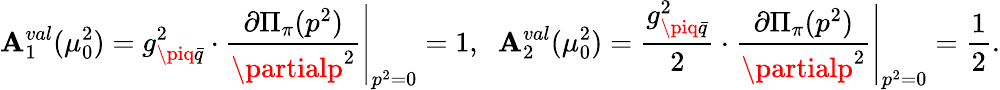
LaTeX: \mathbf{A}_{1}^{val}(\mu_{0}^{2})=g_{\piq\bar{{q}}}^{2}\cdot\left.\frac{{\partial{\Pi}_{\pi}(p^{2})}}{{\partialp^{2}}}\right|_{p^{2}=0}=1,\; \; \mathbf{A}_{2}^{val}(\mu_{0}^{2})=\frac{{g_{\piq\bar{{q}}}^{2}}}{{2}}\cdot\left.\frac{{\partial{\Pi}_{\pi}(p^{2})}}{{\partialp^{2}}}\right|_{p^{2}=0}=\frac{{1}}{{2}}.